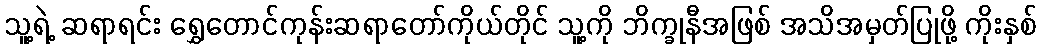
သူ့ရဲ့ ဆရာရင်း ရွှေတောင်ကုန်းဆရာတော်ကိုယ်တိုင် သူ့ကို ဘိက္ခုနီအဖြစ် အသိအမှတ်ပြုဖို့ ကိုးနှစ်